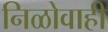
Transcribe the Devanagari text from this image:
निळोवाही